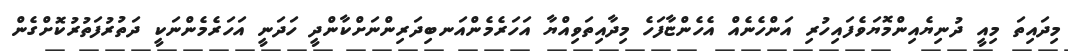
މިދައިތަ މިއީ ދުނިޔެއިންމޮޔަވެފައިހުރި އަންހެނެއް އެހެންޏާފަހެ މިދާއިތަވިއްޔާ އަހަރެމެންއަނބިދަރިންނަށްކާންދީ ހަދަނީ އަހަރެމެންނަކީ ދަތުރުފަތުރުކޮށްގެން